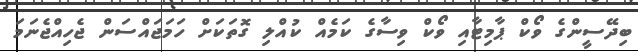
ބިދޭސީންގެ ވޯކް ޕާމިޓާއި ވޯކް ވިސާގެ ކަމެއް ކުއްލި ގޮތަކަށް ހަމަަޖައްސަން ޖެހިއްޖެނަމަ